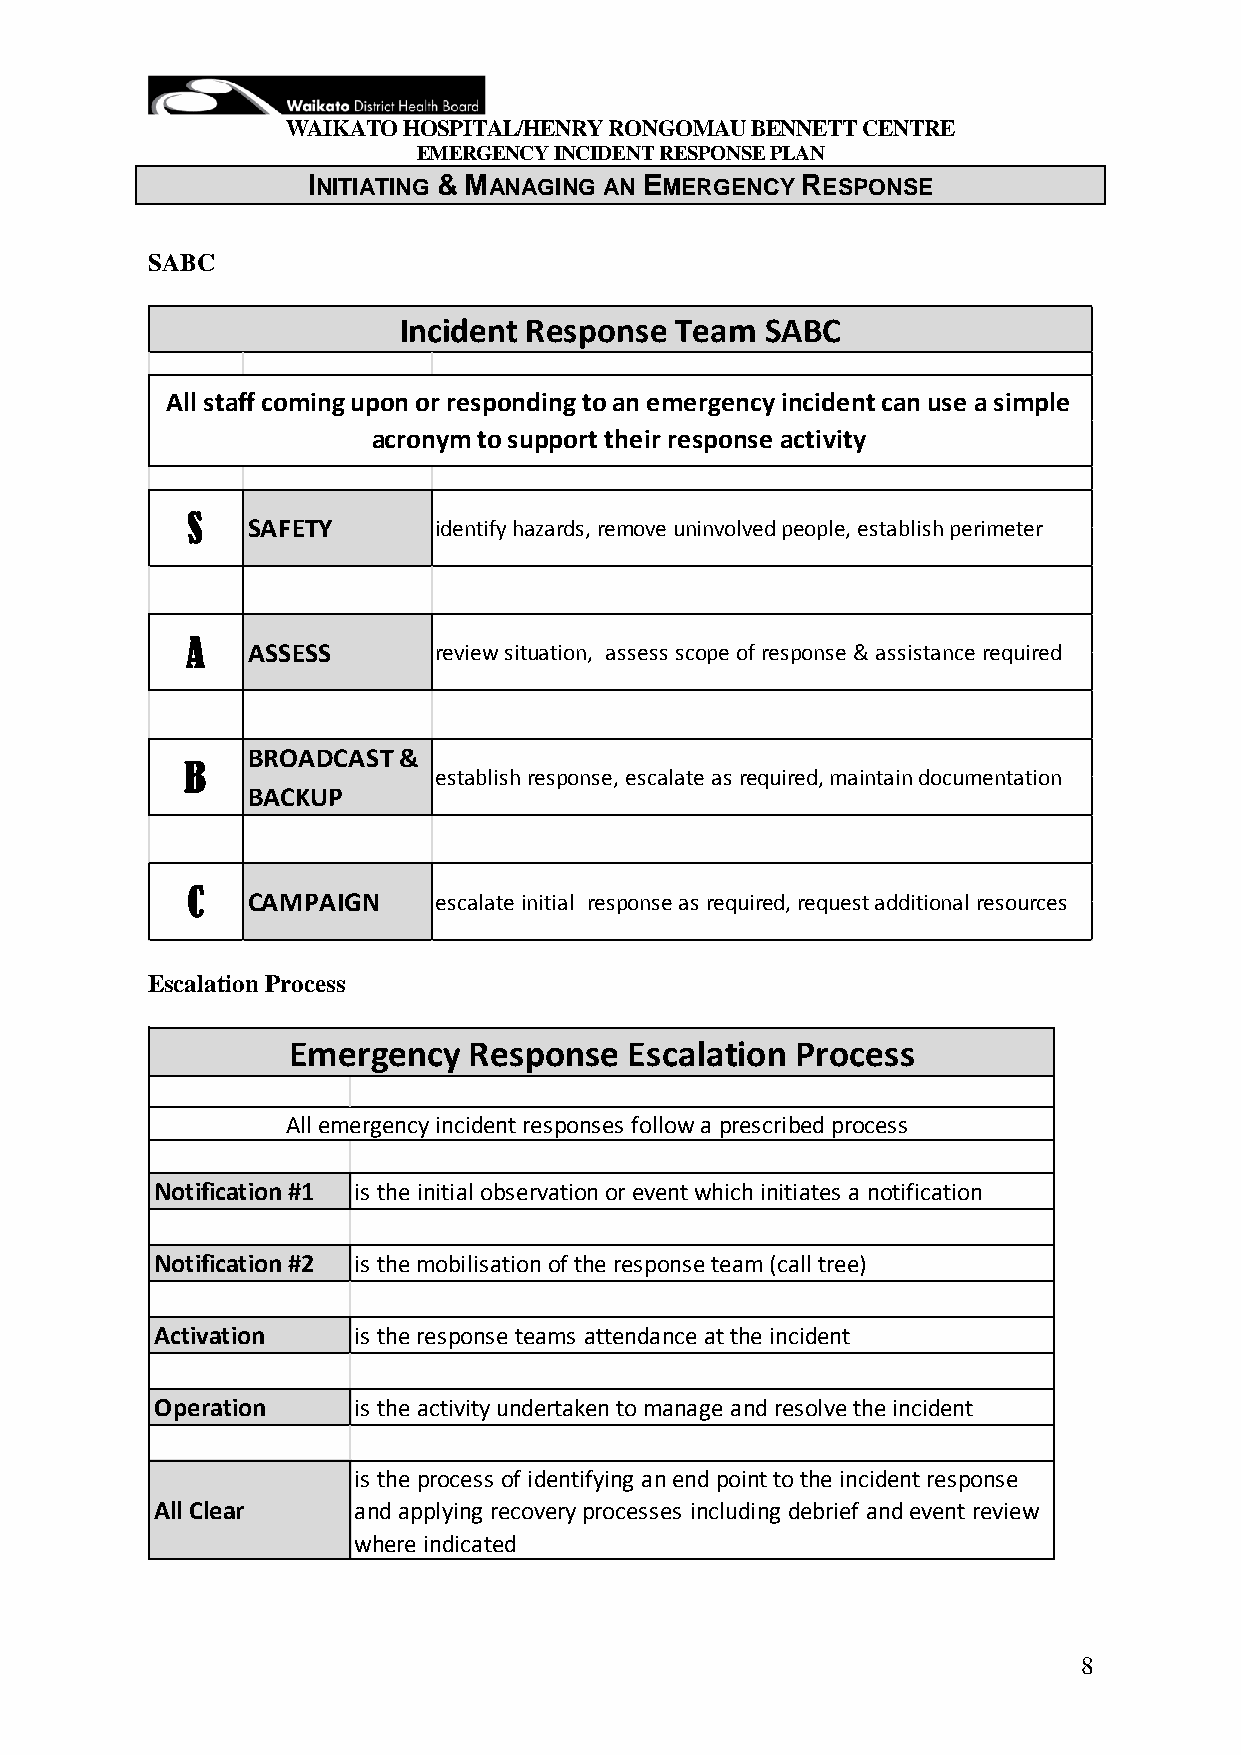
WAIKATO HOSPITAL/HENRY RONGOMAU BENNETT CENTRE
 EMERGENCY INCIDENT RESPONSE PLAN
 INITIATING & MANAGING AN EMERGENCY RESPONSE
 SABC
 Incident Response  Team  SABC
 All staff coming upon or responding to an emergency incident can use a simple
 acronym to support their response activity
 S
 SAFETY       identify hazards, remove uninvolved people, establish perimeter
 A
 ASSESS       review situation, assess scope of response & assistance required
 BROADCAST &
 B
 establish response, escalate as required, maintain documentation
 BACKUP
 C
 CAMPAIGN     escalate initial response as required, request additional resources
 Escalation Process
 Emergency   Response   Escalation Process
 All emergency incident responses follow a prescribed process
 Notification #1 is the initial observation or event which initiates a notification
 Notification #2 is the mobilisation of the response team (call tree)
 Activation   is the response teams attendance at the incident
 Operation    is the activity undertaken to manage and resolve the incident
 is the process of identifying an end point to the incident response
 All Clear    and applying recovery processes including debrief and event review
 where indicated
 8